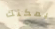
يمكنك